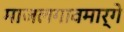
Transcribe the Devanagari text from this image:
माजलगावमार्गे